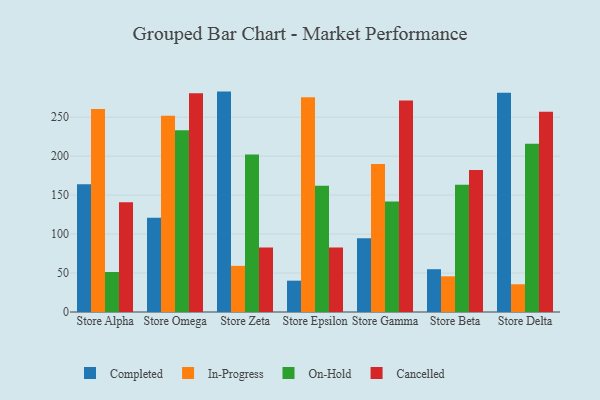
{"axis": {"x": "Store", "y": "Budget (USD K)"}, "legend": ["Cancelled", "Completed", "In-Progress", "On-Hold"], "data": [{"x": "Store Alpha", "y": 163.9, "type": "Completed"}, {"x": "Store Alpha", "y": 260.6, "type": "In-Progress"}, {"x": "Store Alpha", "y": 51.3, "type": "On-Hold"}, {"x": "Store Alpha", "y": 140.9, "type": "Cancelled"}, {"x": "Store Omega", "y": 121.0, "type": "Completed"}, {"x": "Store Omega", "y": 251.7, "type": "In-Progress"}, {"x": "Store Omega", "y": 233.1, "type": "On-Hold"}, {"x": "Store Omega", "y": 280.7, "type": "Cancelled"}, {"x": "Store Zeta", "y": 282.8, "type": "Completed"}, {"x": "Store Zeta", "y": 59.2, "type": "In-Progress"}, {"x": "Store Zeta", "y": 202.1, "type": "On-Hold"}, {"x": "Store Zeta", "y": 82.8, "type": "Cancelled"}, {"x": "Store Epsilon", "y": 40.2, "type": "Completed"}, {"x": "Store Epsilon", "y": 275.6, "type": "In-Progress"}, {"x": "Store Epsilon", "y": 162.0, "type": "On-Hold"}, {"x": "Store Epsilon", "y": 82.8, "type": "Cancelled"}, {"x": "Store Gamma", "y": 94.7, "type": "Completed"}, {"x": "Store Gamma", "y": 189.9, "type": "In-Progress"}, {"x": "Store Gamma", "y": 141.9, "type": "On-Hold"}, {"x": "Store Gamma", "y": 271.5, "type": "Cancelled"}, {"x": "Store Beta", "y": 54.9, "type": "Completed"}, {"x": "Store Beta", "y": 45.8, "type": "In-Progress"}, {"x": "Store Beta", "y": 163.2, "type": "On-Hold"}, {"x": "Store Beta", "y": 182.2, "type": "Cancelled"}, {"x": "Store Delta", "y": 281.4, "type": "Completed"}, {"x": "Store Delta", "y": 35.6, "type": "In-Progress"}, {"x": "Store Delta", "y": 216.0, "type": "On-Hold"}, {"x": "Store Delta", "y": 257.0, "type": "Cancelled"}]}